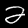
Digit: 2